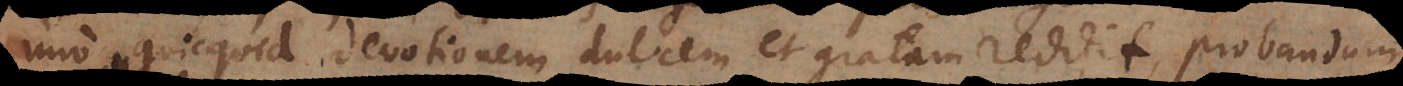
imo quicquid devotionem dulcem et gratam reddit, probandum